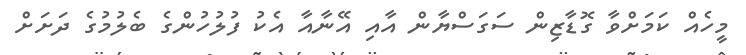
މީހެއް ކަމަށްވާ ގޮޑާޒިން ސަގަސްޔާން އާއި އޭނާއާ އެކު ފުލުހުންގެ ބެލުމުގެ ދަށަށް